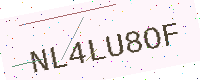
Text: NL4LU8OF